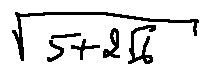
\sqrt { 5 + 2 \sqrt { 6 } }